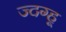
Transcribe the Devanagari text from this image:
ज्दग्हू